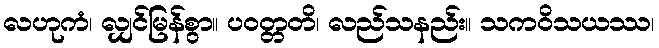
လဟုကံ၊ လျှင်မြန်စွာ။ ပဝတ္တတိ၊ လည်သနည်း။ သကဝိသယဿ၊